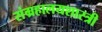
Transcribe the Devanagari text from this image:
संग्रहालयशास्त्री